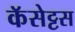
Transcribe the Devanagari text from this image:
कॅसेट्टस